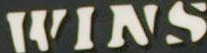
WINS